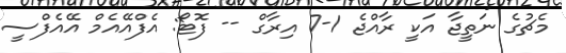
މެޗުގެ ނަތީޖާ އަކީ ރާއްޖެ 1-7 އިރާގް -- ފޮޓޯ: އެފްއޭއެމް އޭއެފްސީ